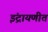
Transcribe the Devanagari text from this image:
इंद्रायणीत